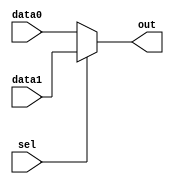
`timescale 1ns / 1ps
//////////////////////////////////////////////////////////////////////////////////
// Company: 
// Engineer: 
// 
// Design Name: 
// Module Name: mux2_6
// Project Name: 
// Target Devices: 
// Tool Versions: 
// Description: 
// 
// Dependencies: 
// 
// Revision:
// Revision 0.01 - File Created
// Additional Comments:
// 
//////////////////////////////////////////////////////////////////////////////////

module mux2_6(      //6
    input [5:0] data0,
    input [5:0] data1,
    input sel,
    output reg [5:0] out
);
    always @* begin
        if (sel == 1'b0) begin
            out = data0;
        end else begin
            out = data1;
        end
    end
endmodule